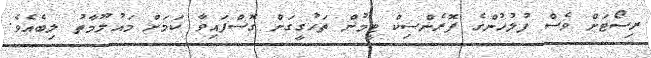
ރިސޯޓަށް ވެސް ފުލުހުންގެ ފޮރެންސިކް ޓީމުން ތަހުގީގަށް ގޮސްފައިވާ ކަމަށް މައުލޫމާތު ލިބެއެވެ.